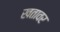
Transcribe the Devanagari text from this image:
खतावर